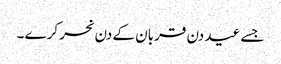
جسے عید دن قربان کے دن نحر کرے ۔